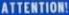
ATTENTION!